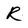
Character: R